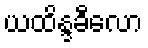
ယထိန္ဒခီလော